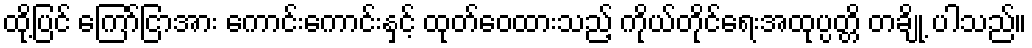
ထို့ပြင် ကြော်ငြာအား ကောင်းကောင်းနှင့် ထုတ်ဝေထားသည့် ကိုယ်တိုင်ရေးအထုပ္ပတ္တိ တချို့ ပါသည်။